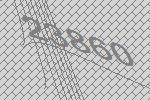
23860